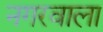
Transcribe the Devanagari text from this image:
नगरवाला